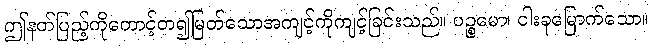
ဤနတ်ပြည့်ကိုတောင့်တ၍မြတ်သောအကျင့်ကိုကျင့်ခြင်းသည်။ ပဉ္စမော၊ ငါးခုမြောက်သော။